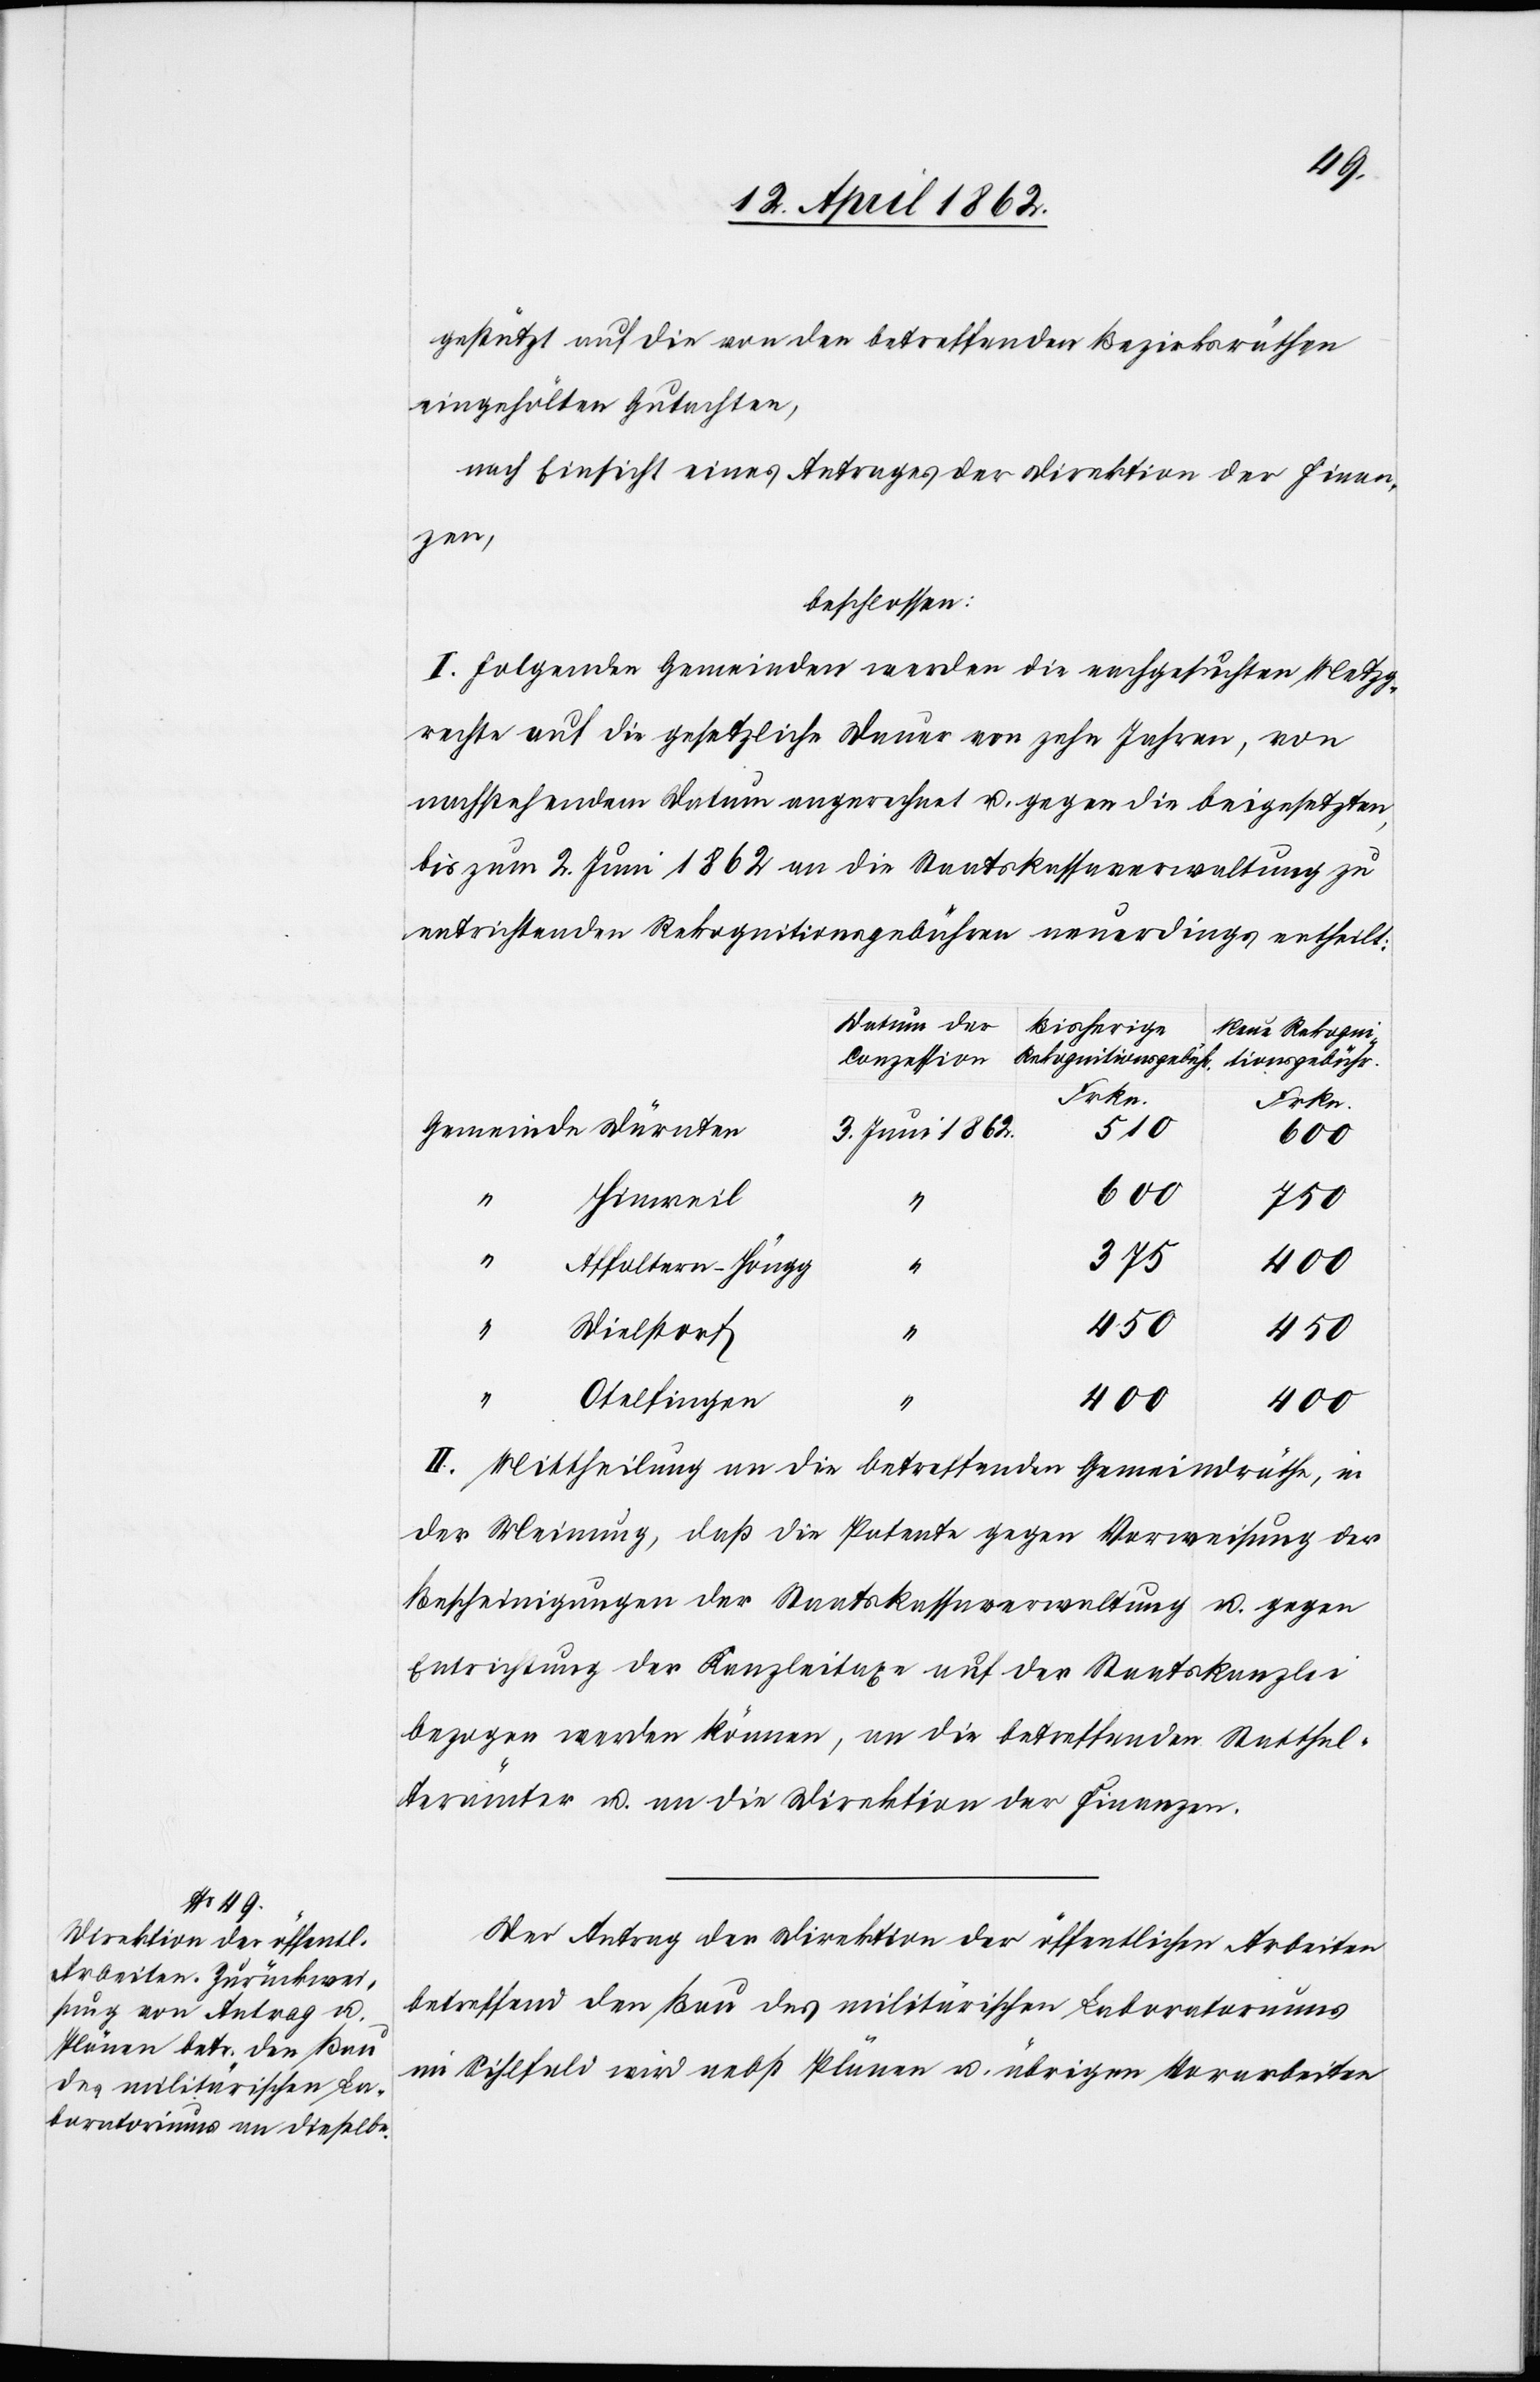
gestützt auf die von den betreffenden Bezirksräthen
nach Einsicht eines Antrages der Direktion der Finan¬
zen,
beschlossen:
I. Folgenden Gemeinden werden die nachgesuchten Metzg¬
rechte auf die gesetzliche Dauer von zehn Jahren, von
nachstehendem Datum angerechnet u. gegen die beigesetzten
bis zum 2. Juni 1862 an die Staatskassaverwaltung zu
entrichtenden Rekognitionsgebühren neuerdings ertheilt:
Datum der
Bisherige
Neue Rekogni¬
Rekognitionsgebühr.
Conzession
tionsgebühr.
Frkn.
Frkn.
3. Juni 1862.
510
600
750
Hinweil
375
Affoltern-Höngg
Dielstorf
450
“
Otelfingen
400
“
400
II. Mittheilung an die betreffenden Gemeindräthe, in
der Meinung, daß die Petenten gegen Verweisung der
Bescheinigungen der Staatskassaverwaltung u. gegen
Entrichtung der Kanzleitaxe auf der Staatskanzlei
bezogen werden können, an die betreffenden Statthal¬
terämter u. an die Direktion der Finanzen.
Der Antrag der Direktion der öffentlichen Arbeiten
betreffend den Bau des militärischen Laboratoriums
im Sihlfeld wird nebst Plänen u. übrigen Vorarbeiten